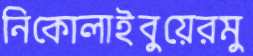
নিকোলাইবুয়েরমু